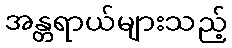
အန္တရာယ်များသည့်